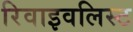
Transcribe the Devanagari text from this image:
रिवाइवलिस्ट